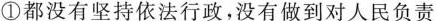
①都没有坚持依法行政，没有做到对人民负责